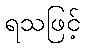
ရသဖြင့်